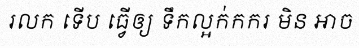
រលក ទើប ធ្វើឲ្យ ទឹកល្អក់កករ មិន ឤច